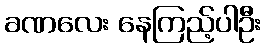
ခဏလေး နေကြည့်ပါဦး